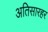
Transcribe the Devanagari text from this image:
अतिसारहर